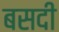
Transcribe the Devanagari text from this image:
बसदी